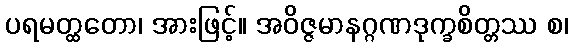
ပရမတ္ထတော၊ အားဖြင့်။ အဝိဇ္ဇမာနဂ္ဂဏဒုက္ခစိတ္တဿ စ၊